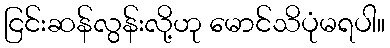
ငြင်းဆန်လွန်းလို့ဟု မောင်သိပုံမရပါ။